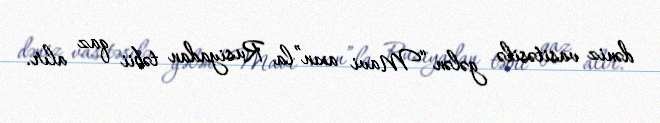
dəniz vasitəsilə gələn “Mavi axın”la Rusiyadan təbii qaz alır.